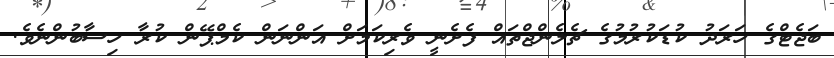
ބަޖެޓްގެ ހަރަދު ކުޑަކުރުމުގެ ޗެލެންޖްތައް ފެށެނީ ވެރިކަމަށް އަންނަން ކެމްޕޭން ކުރާ ހިސާބުންނެވެ.